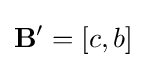
\mathbf {B'} =[c,b]